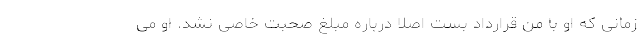
زمانی که او با من قرارداد بست اصلا درباره مبلغ صحبت خاصی نشد. او می